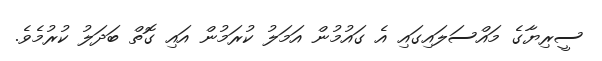
ސީރިޔާގެ މައްސަލައިގައި އެ ގައުމުން އަމަލު ކުރަމުން އައި ގޮތް ބަދަލު ކުރުމެވެ.